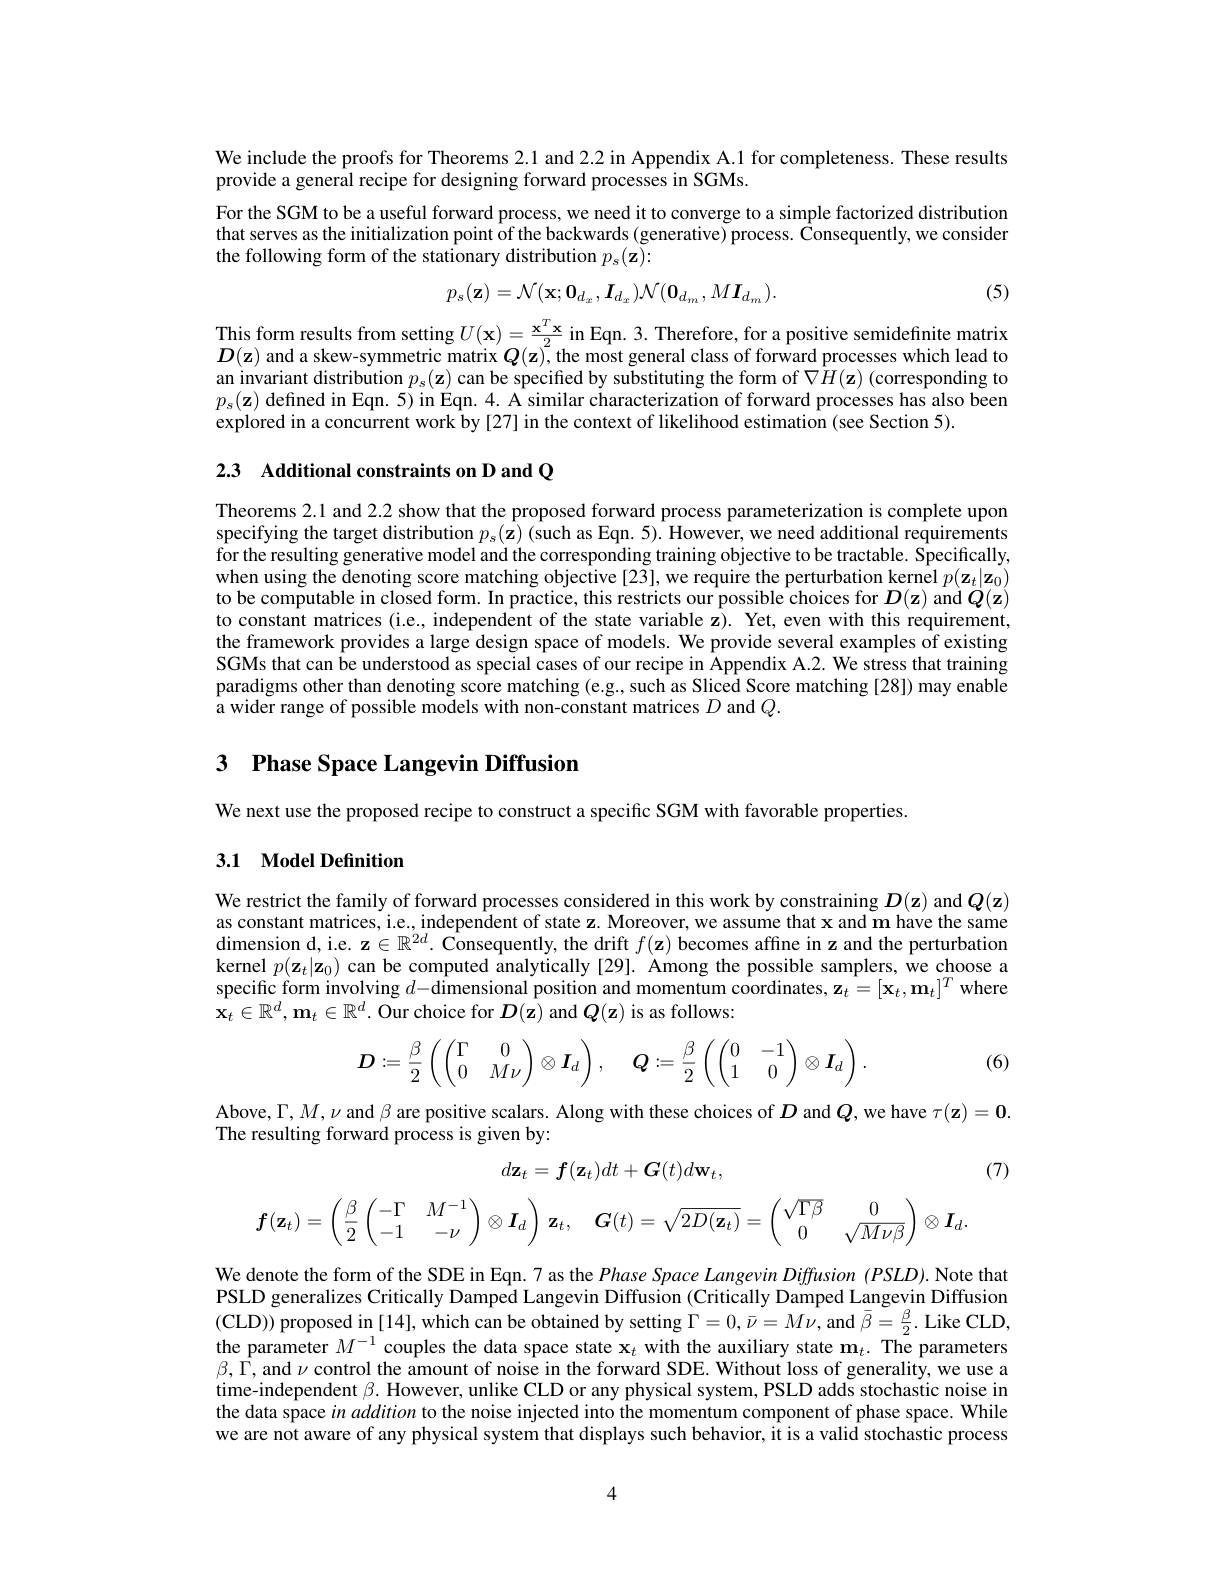
We include the proofs for Theorems 2.1 and 2.2 in Appendix A.1 for completeness. These results
provide a general recipe for designing forward processes in SGMs.
For the SGM to be a useful forward process, we need it to converge to a simple factorized distribution that serves as the initialization point of the backwards (generative) process. $\bar{\text{Consequently,we consider}}$ the following form of the stationary distribution $p_s(\mathbf{z}):$
$$p_{s}(\mathbf{z})=\mathcal{N}(\mathbf{x};\mathbf{0}_{d_{x}},\boldsymbol{I}_{d_{x}})\mathcal{N}(\mathbf{0}_{d_{m}},M\boldsymbol{I}_{d_{m}}).$$
(5)

This form results from setting $U(\mathbf{x})=\frac{\mathbf{x}^T\mathbf{x}}{2}$ in Eqn. 3. Therefore, for a positive semidefinite matrix $\boldsymbol{D}(\mathbf{z})$ and a skew-symmetric matrix $\boldsymbol{Q}( \mathbf{z} ) ^2, \dot{\text{the most general class of forward processes which lead to}}$ an invariant distribution $p_s(\mathbf{z})$ can be specified by substituting the form of $\nabla\hat{H}(\mathbf{z})$ (corresponding to $p_{s}(\mathbf{z})$ defined in Eqn. 5) in Eqn. 4. A similar characterization of forward processes has also been explored in a concurrent work by [27] in the context of likelihood estimation (see Section 5).

2.3 Additional constraints on D and Q

Theorems 2.1 and 2.2 show that the proposed forward process parameterization is complete upon specifying the target distribution $p_s(\tilde{\mathbf{z}})$ (such as Eqn. 5). However, we need additional requirements for the resulting generative model and the corresponding training objective to be tractable. Specifically, when using the denoting score matching objective[23], we require the perturbation kernel $p(\mathbf{z}_t|\mathbf{z}_0)$ to be computable in closed form. In practice, this restricts our possible choices for $D(\mathbf{z})$ and $Q(\mathbf{z})$ to constant matrices (i.e., independent of the state variable z). Yet, even with this requirement the framework provides a large design space of models. We provide several examples of existing SGMs that can be understood as special cases of our recipe in Appendix A.2. We stress that training paradigms other than denoting score matching (e.g., such as Sliced Score matching [28]) may enable a wider range of possible models with non-constant matrices $D$ and $Q.$

# 3 Phase Space Langevin Diffusion

We next use the proposed recipe to construct a specific SGM with favorable properties

## 3.1 Model Definition

We restrict the family of forward processes considered in this work by constraining $D(\mathbf{z})$ and $\boldsymbol Q(\mathbf{z})$ as constant matrices, i.e., independent of state z. Moreover, we assume that x and m have the same dimension d, i. e. z$\in \mathbb{R} ^{2d}.$ Consequently, the drift $f( \mathbf{z} )$ becomes affine in z and the perturbation dimension d, i. e. z$\in \mathbb{R} ^{2d}.$ Consequently, the drift $f( \mathbf{z} )$ becomes affine in z and the dimension d$, \mathrm{i. e. ~z\in \mathbb{R} }^{2d}.$ Consequen kernel $p(\mathbf{z}_{t}|\mathbf{z}_{0})$ can be computed analytically [29]. Among the possible samplers, $\hat{\text{we choose a}}$ specific form involving $d-$dimensional position and momentum coordinates, $\mathbf{z} _t= [ \mathbf{x} _t, \mathbf{m} _t] ^T$ where $\mathbf{x}_t\in\mathbb{R}^d,\mathbf{m}_t\in\mathbb{R}^d.$ Our choice for $D(\mathbf{z})$ and $Q(\mathbf{z})$ is as follows:

(6)
$$\boldsymbol{D}:=\dfrac{\beta}{2}\left(\begin{pmatrix}\Gamma&0\\0&M\nu\end{pmatrix}\otimes\boldsymbol{I}_d\right),\quad\boldsymbol{Q}:=\dfrac{\beta}{2}\left(\begin{pmatrix}0&-1\\1&0\end{pmatrix}\otimes\boldsymbol{I}_d\right).$$
Above, $\Gamma,M,\nu$ and $\beta$ are positive scalars. Along with these choices of $D$ and $Q$, we have $\tau(\mathbf{z})=\mathbf{0}.$
The resulting forward process is given by:

(7)
$$d\mathbf{z}_t=\boldsymbol f(\mathbf{z}_t)dt+\boldsymbol G(t)d\mathbf{w}_t,$$
$$\boldsymbol{f}(\mathbf{z}_{t})=\left({\frac{\beta}{2}}\left({-\Gamma}\:M^{-1}\right)\otimes\boldsymbol{I}_{d}\right)\:\mathbf{z}_{t},\quad\boldsymbol{G}(t)=\sqrt{2D(\mathbf{z}_{t})}=\left(\begin{matrix}{\sqrt{\Gamma\beta}}&{0}\\{0}&{\sqrt{M\nu\beta}}\\\end{matrix}\right)\otimes\boldsymbol{I}_{d}.$$
We denote the form of the SDE in Eqn. 7 as the Phase Space Langevin Diffusion (PSLD). Note that PSLD generalizes Critically Damped Langevin Diffusion (Critically Damped Langevin Diffusion (CLD)) proposed in [14], which can be obtained by setting $\Gamma=0,\bar{\nu}=M\nu$, and $\bar{\beta}=\frac{\beta}{2}.$ Like CLD, the parameter $M^{-1}$ couples the data space state $\mathbf{x}_t$ with the auxiliary state $\mathbf{m}_t.$ The parameters $\beta,\bar{\Gamma}$, and $\nu$ control the amount of noise in the forward SDE. Without loss of generality, we use a time-independent $\beta.$ However, unlike CLD or any physical system, PSLD adds stochastic noise in the data space $in\textit{addition to the noise injected into the momentum component of phase space. While}$ we are not aware of any physical system that displays such behavior, it is a valid stochastic process

4